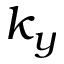
k _ { y }